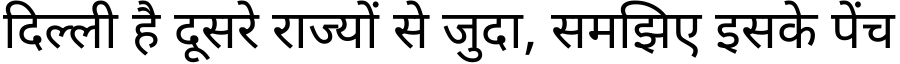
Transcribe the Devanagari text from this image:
दिल्ली है दूसरे राज्यों से जुदा, समझिए इसके पेंच